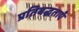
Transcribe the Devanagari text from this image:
प्रतिबद्धताएँ